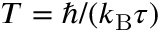
T = \hbar / ( k _ { \mathrm { B } } \tau )